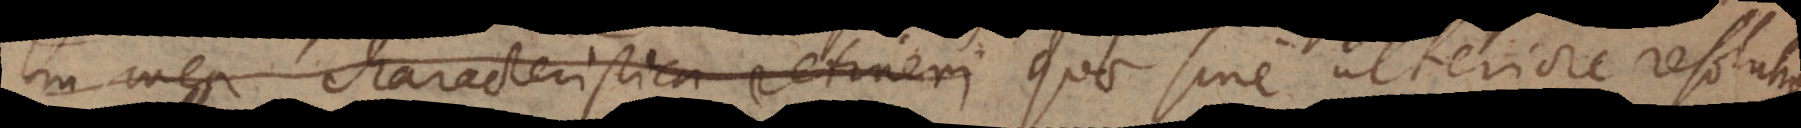
in mea characteristica retineri quae sine ulteriore resolutio